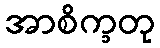
အာစိက္ခတု